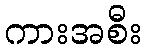
ကားအစီး